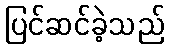
ပြင်ဆင်ခဲ့သည်